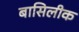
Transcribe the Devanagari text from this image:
बासिलीक